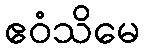
ဧဝံသိမေ